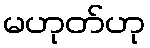
မဟုတ်ဟု